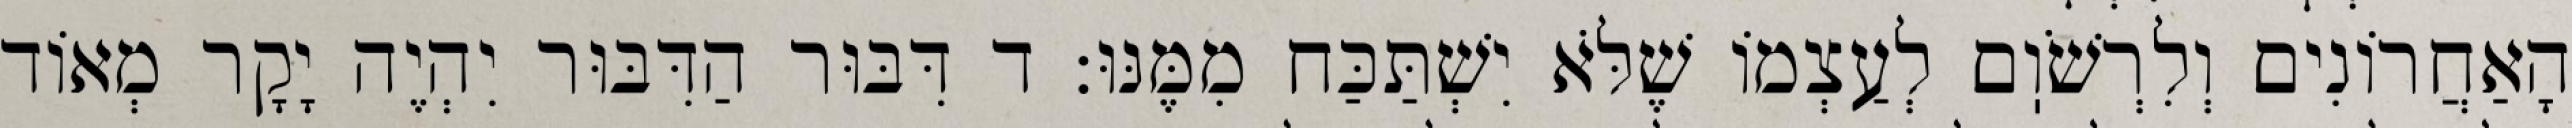
הָאַחֲרוֹנִים וְלִרְשֹׁוֽם לְעַצְמוֹ שֶׁלֹּא יִשְׁתַּכַּח מִמֶּנּוּ: ד דִּבּוּר הַדִּבּוּר יִהְיֶה יָקָר מְאוֹד